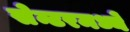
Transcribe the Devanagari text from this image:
सेन्टरमध्ये